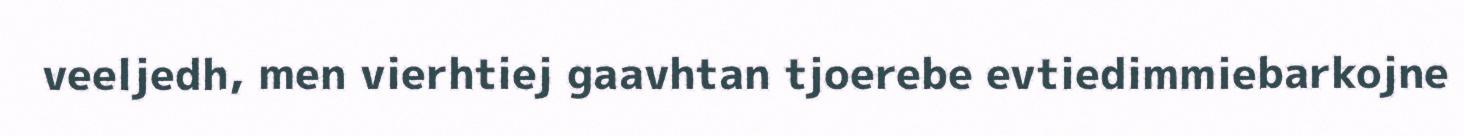
veeljedh, men vierhtiej gaavhtan tjoerebe evtiedimmiebarkojne